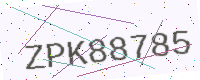
Text: ZPK88785